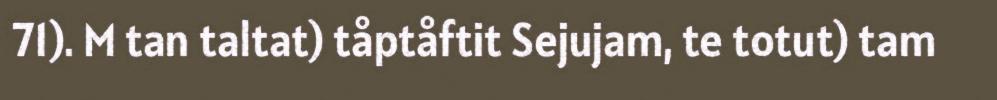
71). M tan taltat) tåptåftit Sejujam, te totut) tam